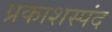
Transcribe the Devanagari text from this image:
प्रकाशस्पंद